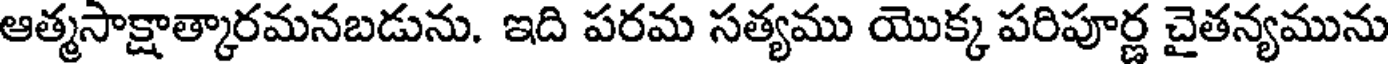
ఆత్మసాక్షాత్కారమనబడును. ఇది పరమ సత్యము యొక్క పరిపూర్ణ చైతన్యమును